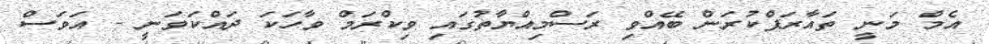
އެމް މަނީ ތައާރަފްކުރަން ބޭއްވި ރަސްމިއްޔާތުގައި ވިކްރަމް ވާހަކަ ދައްކަވަނީ - އަވަސް